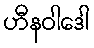
ဟီနဝါဒေါ